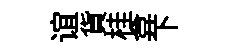
谊貨桂弇下